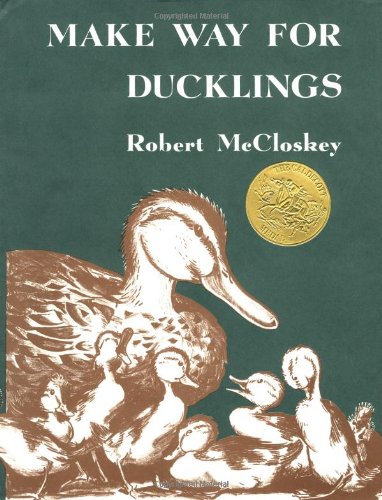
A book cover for Make Way for Ducklings (Viking Kestrel picture books); Robert McCloskey; Children's Books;